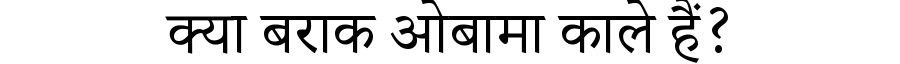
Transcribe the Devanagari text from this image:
क्या बराक ओबामा काले हैं?